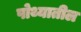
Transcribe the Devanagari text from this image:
पोथ्यातील